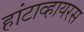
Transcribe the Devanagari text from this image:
हांटाव्हायरस